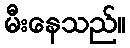
မီးနေသည်။